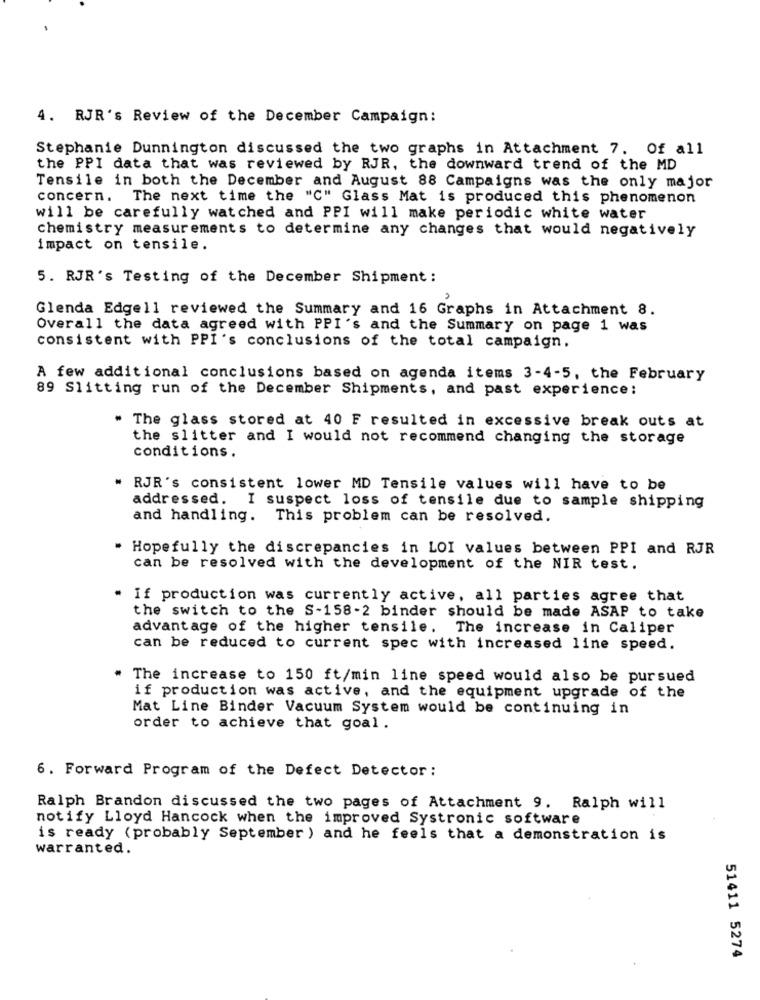
4. RJR's Review of the December Campaign:
Stephanie Dunnington discussed the two graphs in Attachment 7. Of all
the PPI data that was reviewed by RJR, the downward trend of the MD
Tensile in both the December and August 88 Campaigns was the only major
concern. The next time the "C" Glass Mat is produced this phenomenon
will be carefully watched and PPI will make periodic white water
chemistry measurements to determine any changes that would negatively
impact on tensile.
5. RJR's Testing of the December Shipment :
Glenda Edgell reviewed the Summary and 16 Graphs in Attachment 8.
Overall the data agreed with PPI's and the Summary on page 1 was
consistent with PPI's conclusions of the total campaign.
A few additional conclusions based on agenda items 3-4-5, the February
89 Slitting run of the December Shipments, and past experience:
The glass stored at 40 F resulted in excessive break outs at
the slitter and I would not recommend changing the storage
conditions.
RJR's consistent lower MD Tensile values will have to be
addressed. I suspect loss of tensile due to sample shipping
and handling. This problem can be resolved.
Hopefully the discrepancies in LOI values between PPI and RJR
can be resolved with the development of the NIR test.
If production was currently active, all parties agree that
the switch to the S-158-2 binder should be made ASAP to take
advantage of the higher tensile. The increase in Caliper
can be reduced to current spec with increased line speed.
* The increase to 150 ft/min line speed would also be pursued
if production was active, and the equipment upgrade of the
Mat Line Binder Vacuum System would be continuing in
order to achieve that goal.
6. Forward Program of the Defect Detector :
Ralph Brandon discussed the two pages of Attachment 9. Ralph will
notify Lloyd Hancock when the improved Systronic software
is ready (probably September ) and he feels that a demonstration is
warranted.
51411 5274